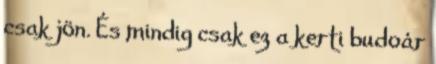
csak jön. És mindig csak ez a kerti budoár